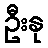
ဦးနု